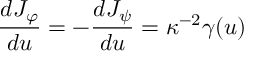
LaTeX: { \frac { d J _ { \varphi } } { d u } } = - { \frac { d J _ { \psi } } { d u } } = \kappa ^ { - 2 } \gamma ( u )